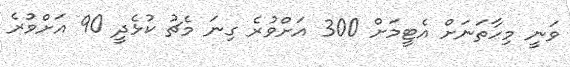
ވަނީ މިހާތަނަށް އެޓީމަށް 300 އަށްވުރެ ގިނަ މެޗު ކުޅެދީ 90 އަށްވުރެ